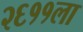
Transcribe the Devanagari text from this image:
२६११ला